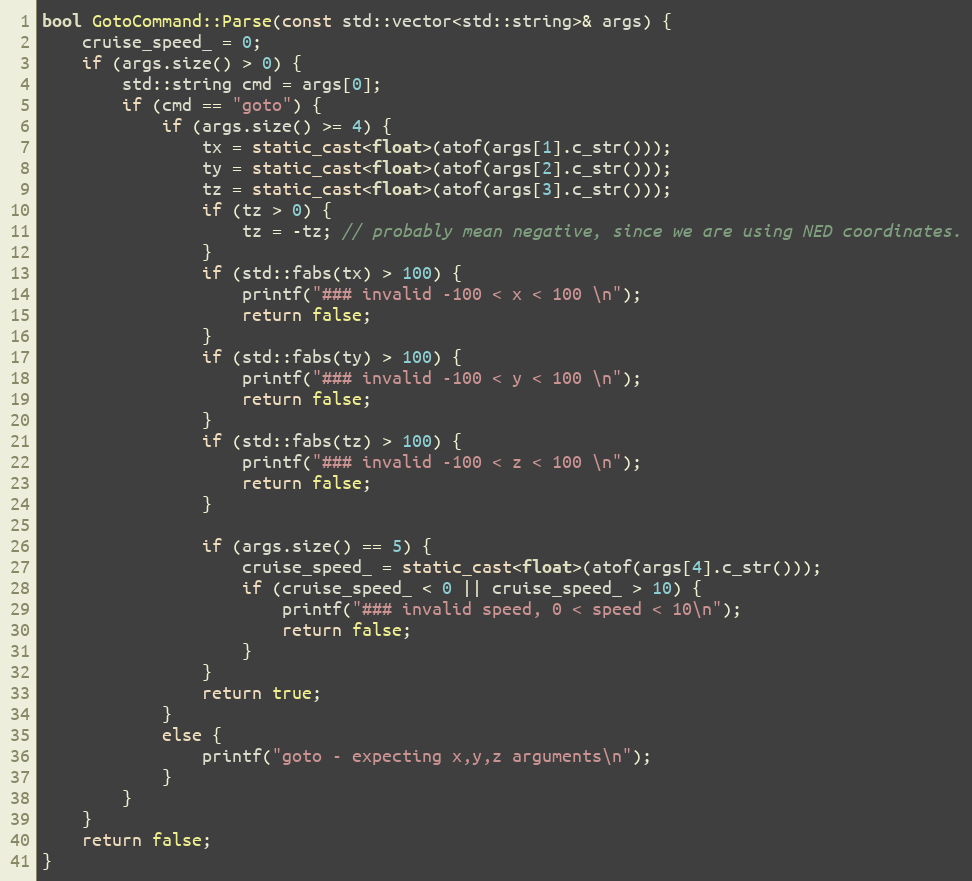
Language: C++
bool GotoCommand::Parse(const std::vector<std::string>& args) {
    cruise_speed_ = 0;
    if (args.size() > 0) {
        std::string cmd = args[0];
        if (cmd == "goto") {
            if (args.size() >= 4) {
                tx = static_cast<float>(atof(args[1].c_str()));
                ty = static_cast<float>(atof(args[2].c_str()));
                tz = static_cast<float>(atof(args[3].c_str()));
                if (tz > 0) {
                    tz = -tz; // probably mean negative, since we are using NED coordinates.
                }
                if (std::fabs(tx) > 100) {
                    printf("### invalid -100 < x < 100 \n");
                    return false;
                }
                if (std::fabs(ty) > 100) {
                    printf("### invalid -100 < y < 100 \n");
                    return false;
                }
                if (std::fabs(tz) > 100) {
                    printf("### invalid -100 < z < 100 \n");
                    return false;
                }

                if (args.size() == 5) {
                    cruise_speed_ = static_cast<float>(atof(args[4].c_str()));
                    if (cruise_speed_ < 0 || cruise_speed_ > 10) {
                        printf("### invalid speed, 0 < speed < 10\n");
                        return false;
                    }
                }
                return true;
            }
            else {
                printf("goto - expecting x,y,z arguments\n");
            }
        }
    }
    return false;
}